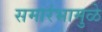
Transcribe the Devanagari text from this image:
समारंभामुळे